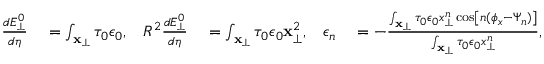
\begin{array} { r l r l r l } { \frac { d E _ { \perp } ^ { 0 } } { d \eta } } & { { } = \int _ { \mathbf { x } _ { \perp } } \tau _ { 0 } \epsilon _ { 0 } , } & { R ^ { 2 } \frac { d E _ { \perp } ^ { 0 } } { d \eta } } & { { } = \int _ { \mathbf { x } _ { \perp } } \tau _ { 0 } \epsilon _ { 0 } \mathbf { x } _ { \perp } ^ { 2 } , } & { \epsilon _ { n } } & { { } = - \frac { \int _ { \mathbf { x } _ { \perp } } \tau _ { 0 } \epsilon _ { 0 } x _ { \perp } ^ { n } \cos \left[ n ( \phi _ { x } - \Psi _ { n } ) \right] } { \int _ { \mathbf { x } _ { \perp } } \tau _ { 0 } \epsilon _ { 0 } x _ { \perp } ^ { n } } , } \end{array}